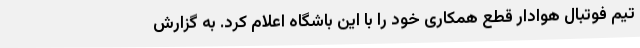
تیم فوتبال هوادار قطع همکاری خود را با این باشگاه اعلام کرد. به گزارش